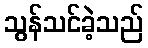
သွန်သင်ခဲ့သည်